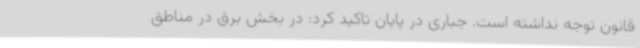
قانون توجه نداشته است. جباری در پایان تاکید کرد: در بخش برق در مناطق